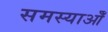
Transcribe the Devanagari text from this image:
समस्याओँ